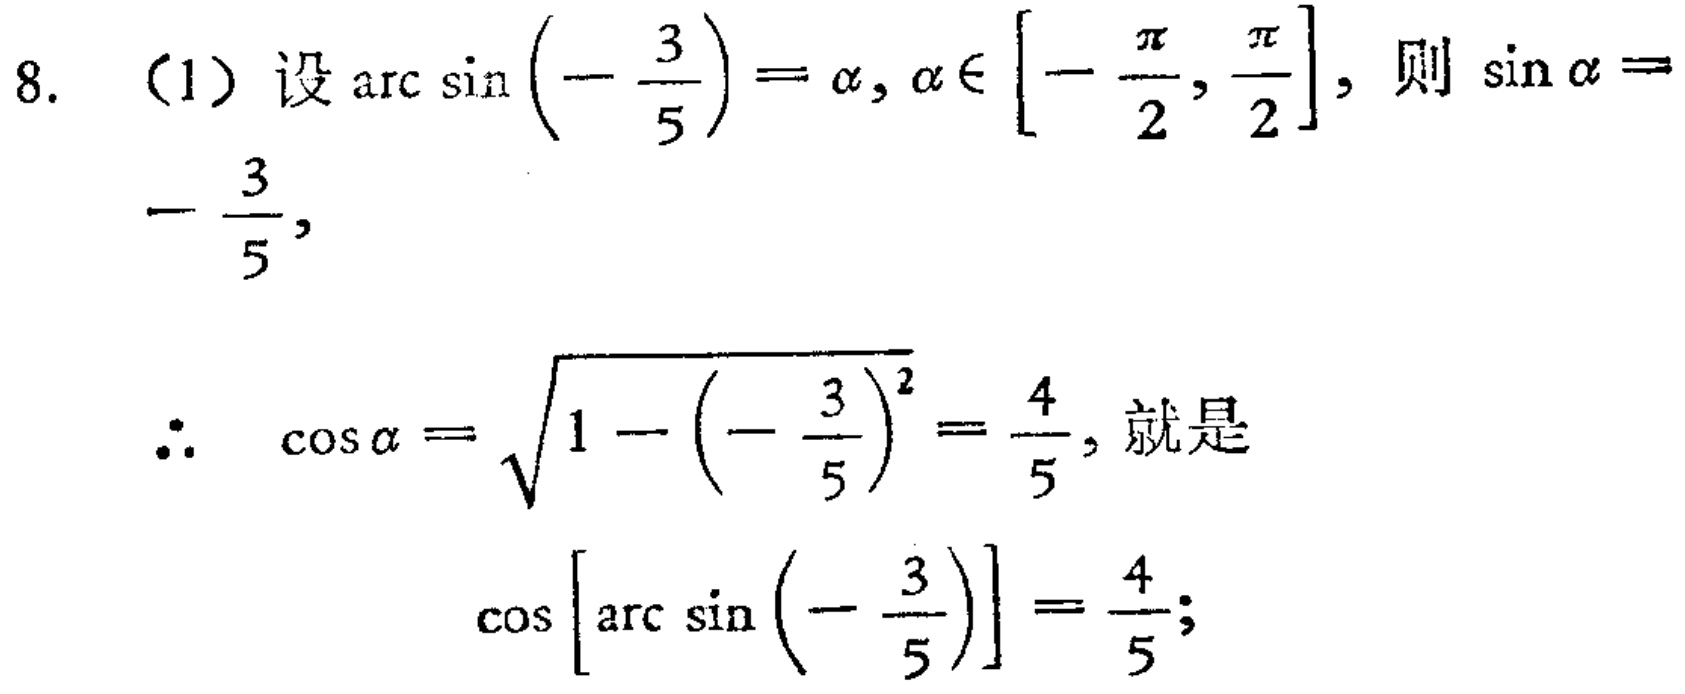
8. （1）设\(\arcsin\left(-\frac{3}{5}\right)=\alpha,\alpha\in\left[-\frac{\pi}{2},\frac{\pi}{2}\right]\)，则\(\sin\alpha =-\frac{3}{5}\)，
\(\therefore\) \(\cos\alpha=\sqrt{1 - \left(-\frac{3}{5}\right)^2}=\frac{4}{5}\)，就是
\(\cos\left[\arcsin\left(-\frac{3}{5}\right)\right]=\frac{4}{5}\)；